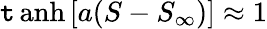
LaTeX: \operatorname{\mathtt{t}anh}{\left[a(S-S_{\infty})\right]}\approx1